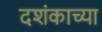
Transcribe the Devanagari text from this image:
दशंकाच्या